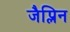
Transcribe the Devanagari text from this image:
जैप्लिन